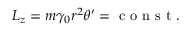
L _ { z } = m \gamma _ { 0 } r ^ { 2 } \theta ^ { \prime } = \mathrm { ~ c ~ o ~ n ~ s ~ t ~ . ~ }